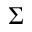
\Sigma